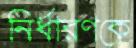
নির্ধারণকে